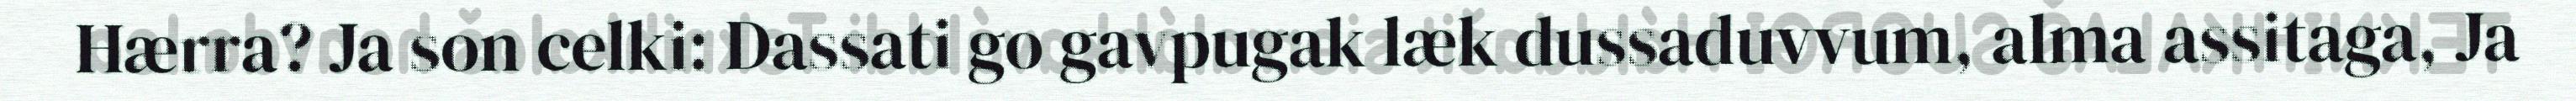
Hærra? Ja son celki: Dassati go gavpugak læk dussaduvvum, alma assitaga, Ja